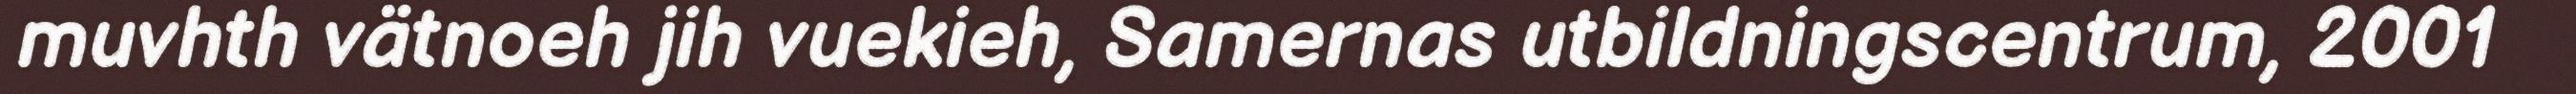
muvhth vätnoeh jih vuekieh, Samernas utbildningscentrum, 2001